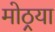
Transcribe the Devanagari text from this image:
मोठ्रया